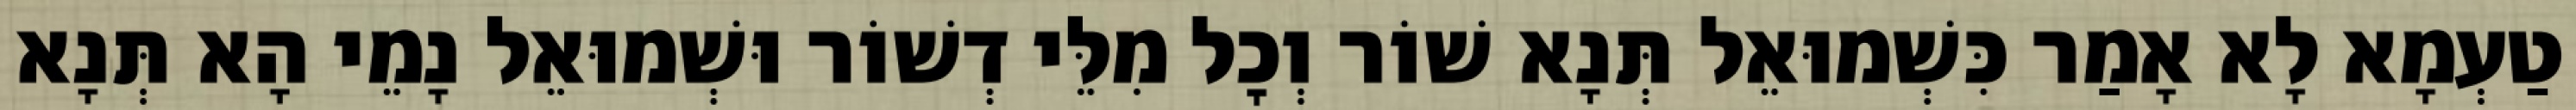
טַעְמָא לָא אָמַר כִּשְׁמוּאֵל תְּנָא שׁוֹר וְכׇל מִלֵּי דְשׁוֹר וּשְׁמוּאֵל נָמֵי הָא תְּנָא